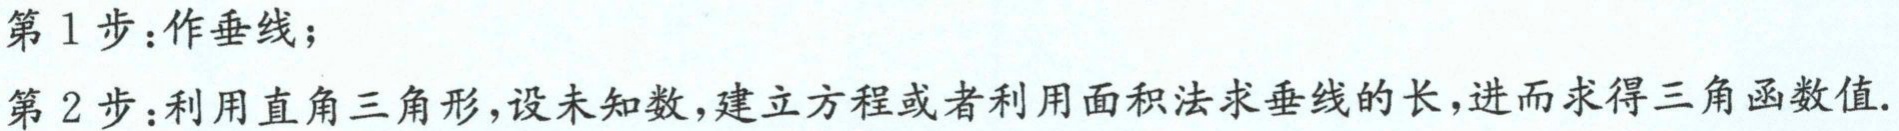
第1步：作垂线；
第2步：利用直角三角形,设未知数,建立方程或者利用面积法求垂线的长,进而求得三角函数值.